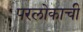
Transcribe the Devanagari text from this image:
परलोकाची